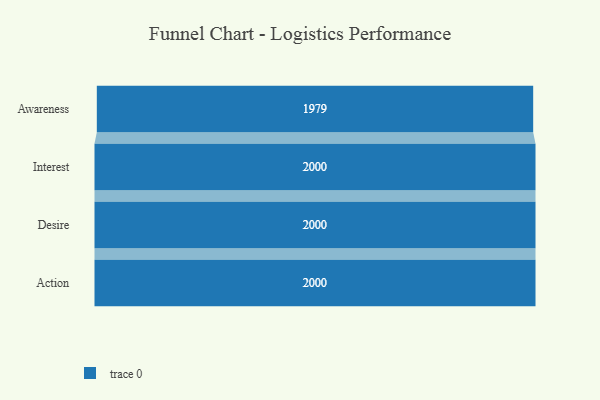
{"axis": {"x": "Stage", "y": "Value"}, "legend": [""], "data": [{"x": "Awareness", "y": 1979.0, "type": ""}, {"x": "Interest", "y": 2000, "type": ""}, {"x": "Desire", "y": 2000, "type": ""}, {"x": "Action", "y": 2000, "type": ""}]}